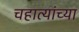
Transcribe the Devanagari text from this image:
चहात्यांच्या